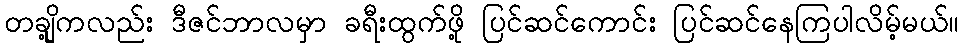
တချို့ကလည်း ဒီဇင်ဘာလမှာ ခရီးထွက်ဖို့ ပြင်ဆင်ကောင်း ပြင်ဆင်နေကြပါလိမ့်မယ်။